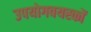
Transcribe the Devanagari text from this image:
उपयोगवयस्कों